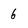
Character: 6